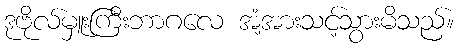
ဒုဗိုလ်မှူးကြီးဘာဂလေ အံ့အားသင့်သွားမိသည်။